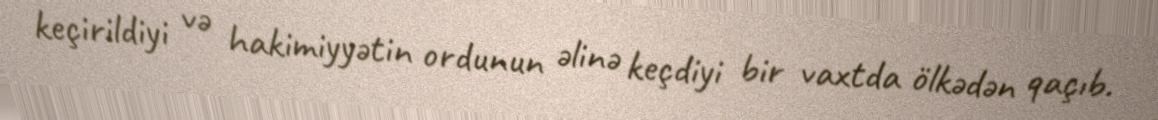
keçirildiyi və hakimiyyətin ordunun əlinə keçdiyi bir vaxtda ölkədən qaçıb.